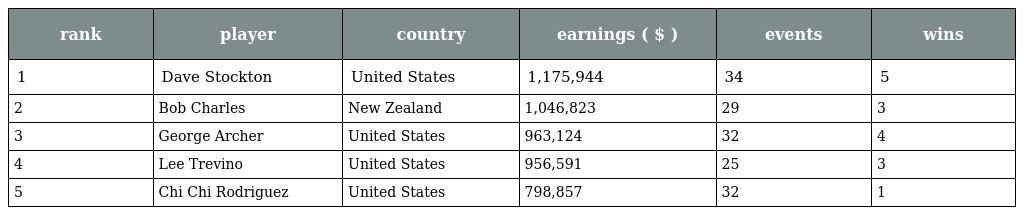
| rank | player | country | earnings ( $ ) | events | wins |
 | --- | --- | --- | --- | --- | --- |
 | 1 | Dave Stockton | United States | 1,175,944 | 34 | 5 |
 | 2 | Bob Charles | New Zealand | 1,046,823 | 29 | 3 |
 | 3 | George Archer | United States | 963,124 | 32 | 4 |
 | 4 | Lee Trevino | United States | 956,591 | 25 | 3 |
 | 5 | Chi Chi Rodriguez | United States | 798,857 | 32 | 1 |